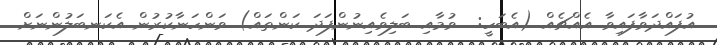
އުފައްދަވާފައިވާ އެއްޗެއް (އެބަހީ:  ވުމާއި ބަލިވެއިނުންފަދަ ކަންތައް) ވަންހަނާކުރުން އެކަނބަލުންނަށް